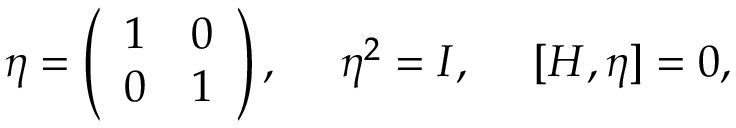
\eta = \left( \begin{array} { c c } { { 1 } } & { { 0 } } \\ { { 0 } } & { { 1 } } \end{array} \right) , ~ ~ ~ ~ \eta ^ { 2 } = I , ~ ~ ~ ~ [ H , \eta ] = 0 ,